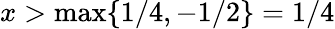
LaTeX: x>\operatorname*{max}\{ 1/4,-1/2\} =1/4